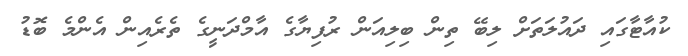
ކުއާޓާގައި ދައުލަތަށް ލިބޭ ތިން ބިލިއަން ރުފިޔާގެ އާމްދަނީގެ ތެރެއިން އެންމެ ބޮޑު